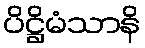
ပိဋ္ဌိမံသာနိ